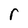
Character: r